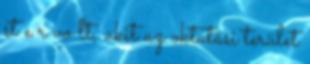
st e r vo lt, akit az oktatási terület